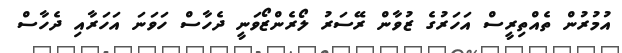
އުމުރުން ތެއްތިރީސް އަހަރުގެ ޒުވާން ރޭސަރު ލޯރެންޒޯވަނީ ދެހާސް ހަވަނަ އަހަރާއި ދެހާސް